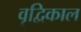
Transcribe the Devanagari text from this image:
वृद्विकाल